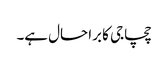
چچاجی کا برا حال ہے۔